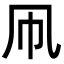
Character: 凧